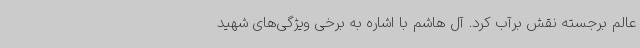
عالم برجسته نقش برآب کرد. آل هاشم با اشاره به برخی ویژگی‌های شهید